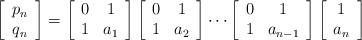
LaTeX: \begin{align*}\left[\begin{array}{c}p_n\\ q_n\end{array}\right]&=\left[\begin{array}{cc}0 & 1\\ 1 & a_1\end{array}\right]\left[\begin{array}{cc}0 & 1\\ 1 & a_2\end{array}\right]\cdots\left[\begin{array}{cc}0 & 1\\ 1 & a_{n-1}\end{array}\right]\left[\begin{array}{c}1\\ a_{n}\end{array}\right]\end{align*}